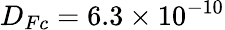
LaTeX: D_{Fc}=6.3\times 10^{-10}